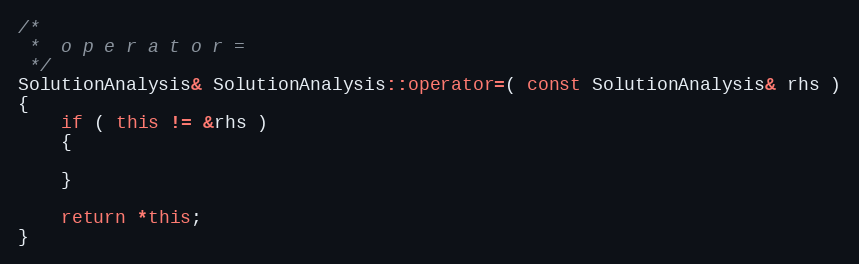
Language: C++
/*
 *	o p e r a t o r =
 */
SolutionAnalysis& SolutionAnalysis::operator=( const SolutionAnalysis& rhs )
{
	if ( this != &rhs )
	{

	}

	return *this;
}